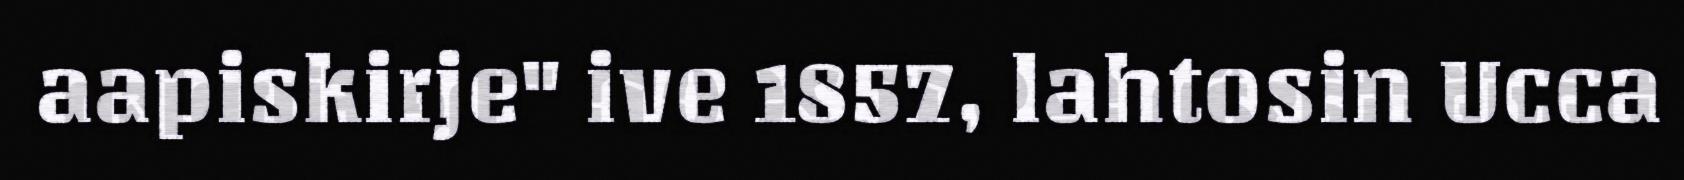
aapiskirje" ive 1857, lahtosin Ucca